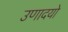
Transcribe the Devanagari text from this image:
उणादयो